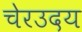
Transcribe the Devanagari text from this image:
चेरउदय